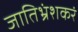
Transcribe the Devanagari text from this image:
जातिभ्रंशकरं